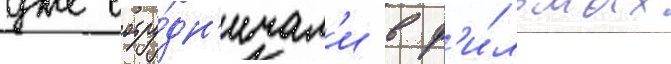
уже сотру́дн'ичал'и в ф'и́льмах